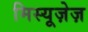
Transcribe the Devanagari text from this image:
मिस्यूज़ेज़